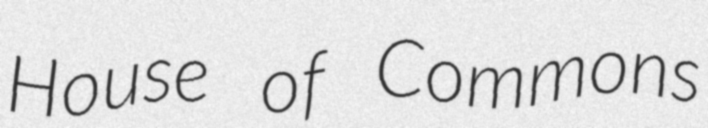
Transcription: House of Commons